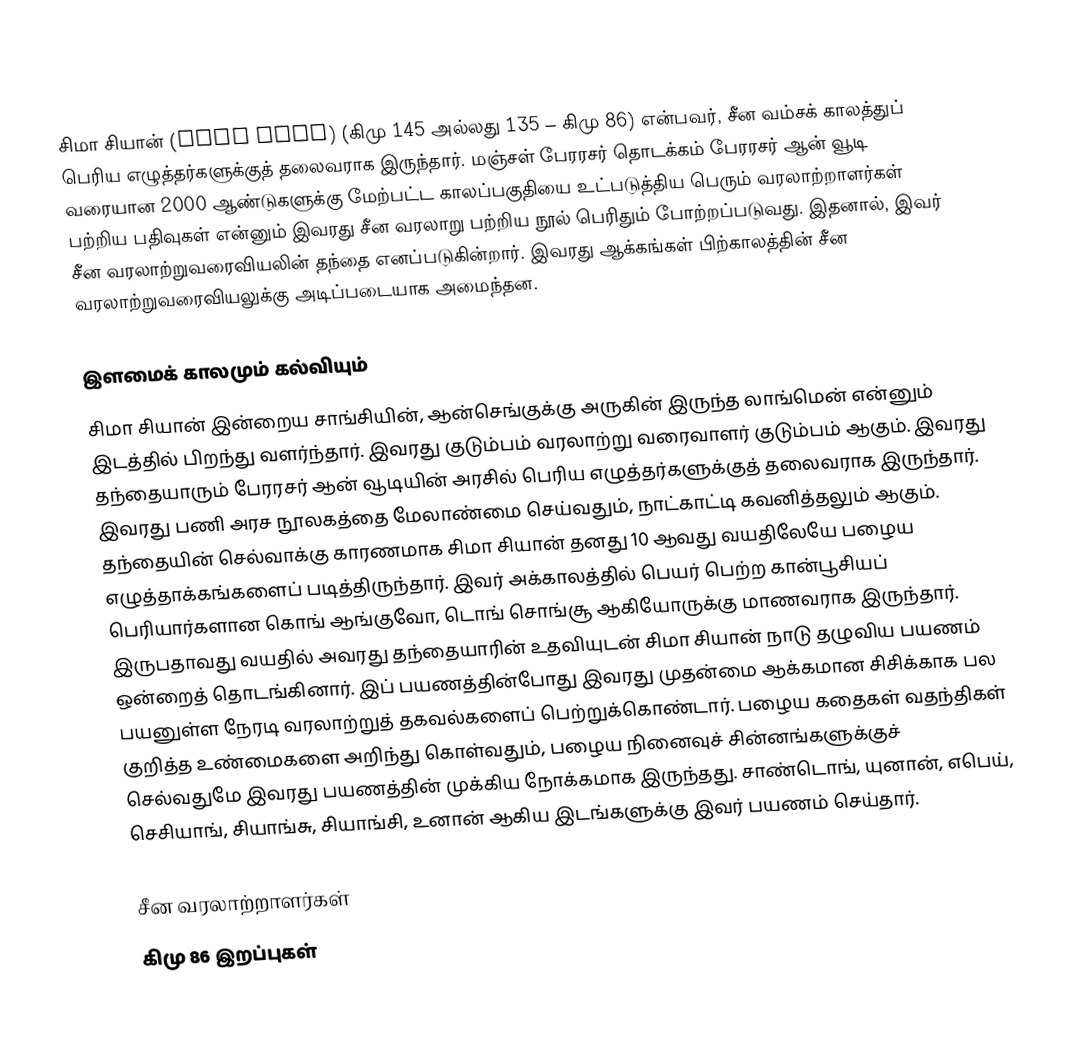
சிமா சியான் (Sima Qian) (கிமு 145 அல்லது 135 – கிமு 86) என்பவர், சீன வம்சக் காலத்துப் பெரிய எழுத்தர்களுக்குத் தலைவராக இருந்தார். மஞ்சள் பேரரசர் தொடக்கம் பேரரசர் ஆன் வூடி வரையான 2000 ஆண்டுகளுக்கு மேற்பட்ட காலப்பகுதியை உட்படுத்திய பெரும் வரலாற்றாளர்கள் பற்றிய பதிவுகள் என்னும் இவரது சீன வரலாறு பற்றிய நூல் பெரிதும் போற்றப்படுவது. இதனால், இவர் சீன வரலாற்றுவரைவியலின் தந்தை எனப்படுகின்றார். இவரது ஆக்கங்கள் பிற்காலத்தின் சீன வரலாற்றுவரைவியலுக்கு அடிப்படையாக அமைந்தன.

இளமைக் காலமும் கல்வியும்
சிமா சியான் இன்றைய சாங்சியின், ஆன்செங்குக்கு அருகின் இருந்த லாங்மென் என்னும் இடத்தில் பிறந்து வளர்ந்தார். இவரது குடும்பம் வரலாற்று வரைவாளர் குடும்பம் ஆகும். இவரது தந்தையாரும் பேரரசர் ஆன் வூடியின் அரசில் பெரிய எழுத்தர்களுக்குத் தலைவராக இருந்தார். இவரது பணி அரச நூலகத்தை மேலாண்மை செய்வதும், நாட்காட்டி கவனித்தலும் ஆகும். தந்தையின் செல்வாக்கு காரணமாக சிமா சியான் தனது 10 ஆவது வயதிலேயே பழைய எழுத்தாக்கங்களைப் படித்திருந்தார். இவர் அக்காலத்தில் பெயர் பெற்ற கான்பூசியப் பெரியார்களான கொங் ஆங்குவோ, டொங் சொங்சூ ஆகியோருக்கு மாணவராக இருந்தார். இருபதாவது வயதில் அவரது தந்தையாரின் உதவியுடன் சிமா சியான் நாடு தழுவிய பயணம் ஒன்றைத் தொடங்கினார். இப் பயணத்தின்போது இவரது முதன்மை ஆக்கமான சிசிக்காக பல பயனுள்ள நேரடி வரலாற்றுத் தகவல்களைப் பெற்றுக்கொண்டார். பழைய கதைகள் வதந்திகள் குறித்த உண்மைகளை அறிந்து கொள்வதும், பழைய நினைவுச் சின்னங்களுக்குச் செல்வதுமே இவரது பயணத்தின் முக்கிய நோக்கமாக இருந்தது. சாண்டொங், யுனான், எபெய், செசியாங், சியாங்சு, சியாங்சி, உனான் ஆகிய இடங்களுக்கு இவர் பயணம் செய்தார்.

சீன வரலாற்றாளர்கள்
கிமு 86 இறப்புகள்